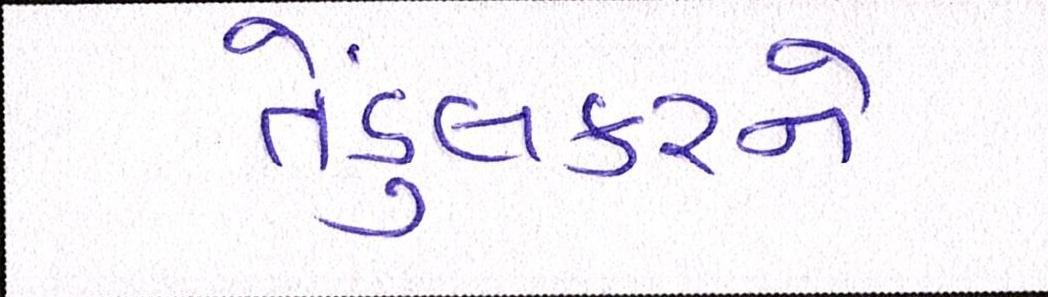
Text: તેંડુલકરને